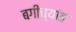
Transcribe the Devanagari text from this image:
बगीच्यांत